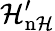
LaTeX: \mathcal{H}_{\mathrm{{{n\mathcal{H}}}}}^{\prime}